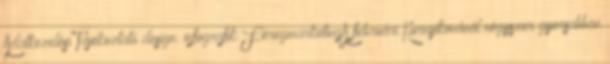
Adatkezelési Tájékoztató design: infografik FéregmarketingA februári Kurnyikovánál négyszer gyorsabban